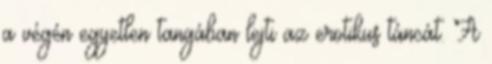
a végén egyetlen tangában lejti az erotikus táncát. A